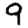
Digit: 9